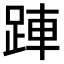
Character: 𬦲